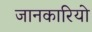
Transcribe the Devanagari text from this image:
जानकारियो